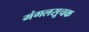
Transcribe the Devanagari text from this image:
मंगलसूचक